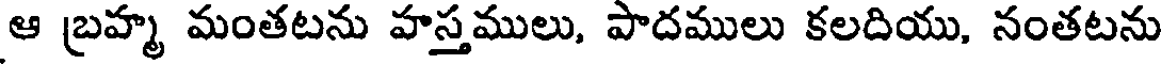
ఆ బ్రహ్మ మంతటను హస్తములు, పాదములు కలదియు, నంతటను